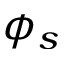
\phi _ { s }